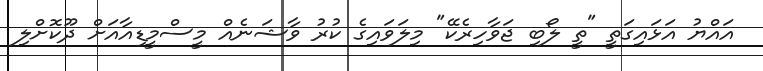
އައްޔު އަޅައިގަތީ "ތީ ލޯބި ޖަވާހިރެކޭ" މިލަވައިގެ ކުރު ވާޝަނެއް މީސްމީޑިއާއަށް ދޫކޮށްލި